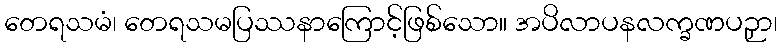
တေရသမံ၊ တေရသမပြဿနာကြောင့်ဖြစ်သော။ အပိလာပနလက္ခဏပဉှာ၊